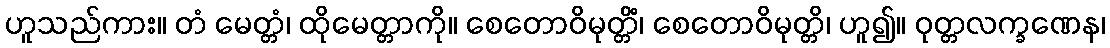
ဟူသည်ကား။ တံ မေတ္တံ၊ ထိုမေတ္တာကို။ စေတောဝိမုတ္တိံ၊ စေတောဝိမုတ္တိ၊ ဟူ၍။ ဝုတ္တလက္ခဏေန၊